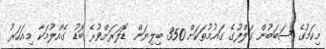
މިކަމުގެ ސަބަބުން ގަލްފުގެ ގައުމުތަކަށް 350 ބިލިޔަން ޑޮލަރަށްވުރެ ބޮޑު ގެއްލުމަކާ މިއަހަރު